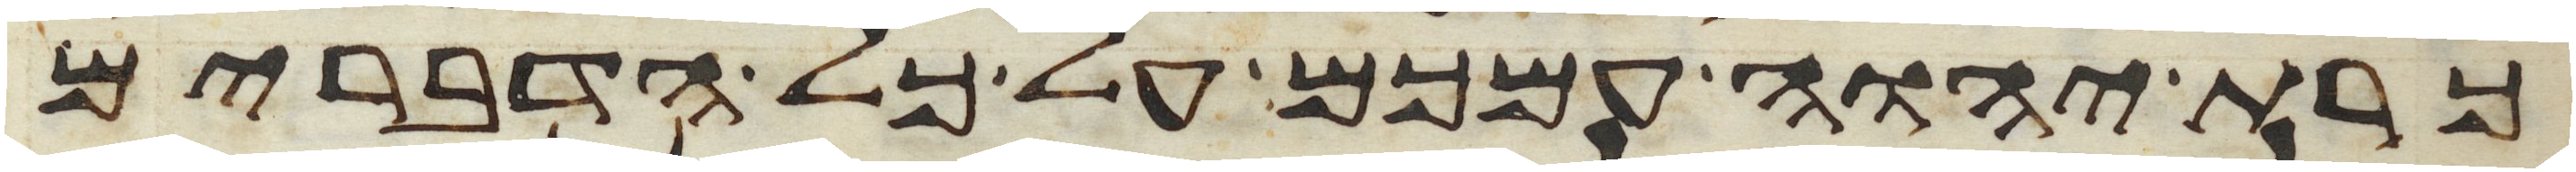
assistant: כרת יהוה עמכם על כל הדברים